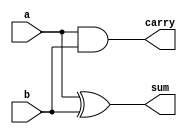
//Semisumador de dos entradas de 1 bit realizado a partir de puertas

module ha_v1(output wire sum, output wire carry, input wire a, input wire b);

//Declaracin de conexiones internas: no hay ninguna

//Estructura interna: Instancias de puertas y sus conexiones

xor xor1(sum, a, b);  // primero se ponen las salidas y luego las entradas
and and1(carry, a, b);

endmodule